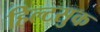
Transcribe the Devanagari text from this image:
हिल्टसुक